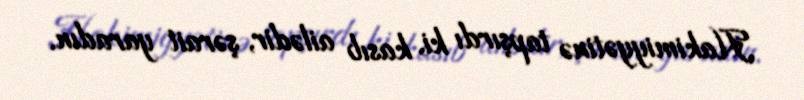
Hakimiyyətinə tapşırdı ki, kasıb ailədir, şərait yaradın.